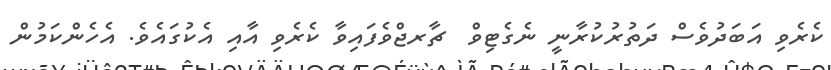
ކެރެވި އަބަދުވެސް ދަތުރުކުރާނީ ނެގެޓިވް  ޗާރޖްވެފައިވާ ކެރެވި އާއި އެކުގައެވެ. އެހެންކަމުން